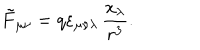
LaTeX: \tilde { F } _ { \mu \nu } = q \varepsilon _ { \mu \nu \lambda } \, \frac { x _ { \lambda } } { r ^ { 3 } } .